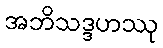
အဘိသဒ္ဒဟဿု